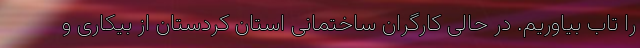
را تاب بیاوریم. در حالی کارگران ساختمانی استان کردستان از بیکاری و